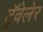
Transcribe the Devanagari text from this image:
ट्रॅवेलेर